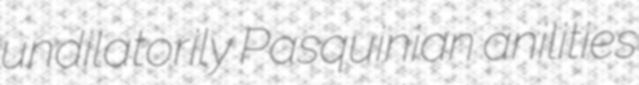
undilatorily Pasquinian anilities